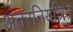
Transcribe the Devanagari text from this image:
अंतरनियंत्रित